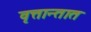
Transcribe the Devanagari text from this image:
वृत्तान्तात